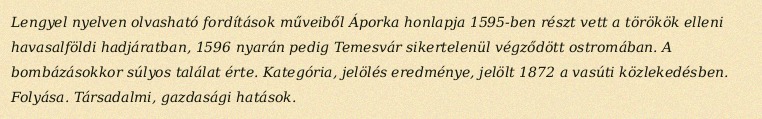
Lengyel nyelven olvasható fordítások műveiből Áporka honlapja 1595-ben részt vett a törökök elleni havasalföldi hadjáratban, 1596 nyarán pedig Temesvár sikertelenül végződött ostromában. A bombázásokkor súlyos találat érte. Kategória, jelölés eredménye, jelölt 1872 a vasúti közlekedésben. Folyása. Társadalmi, gazdasági hatások.